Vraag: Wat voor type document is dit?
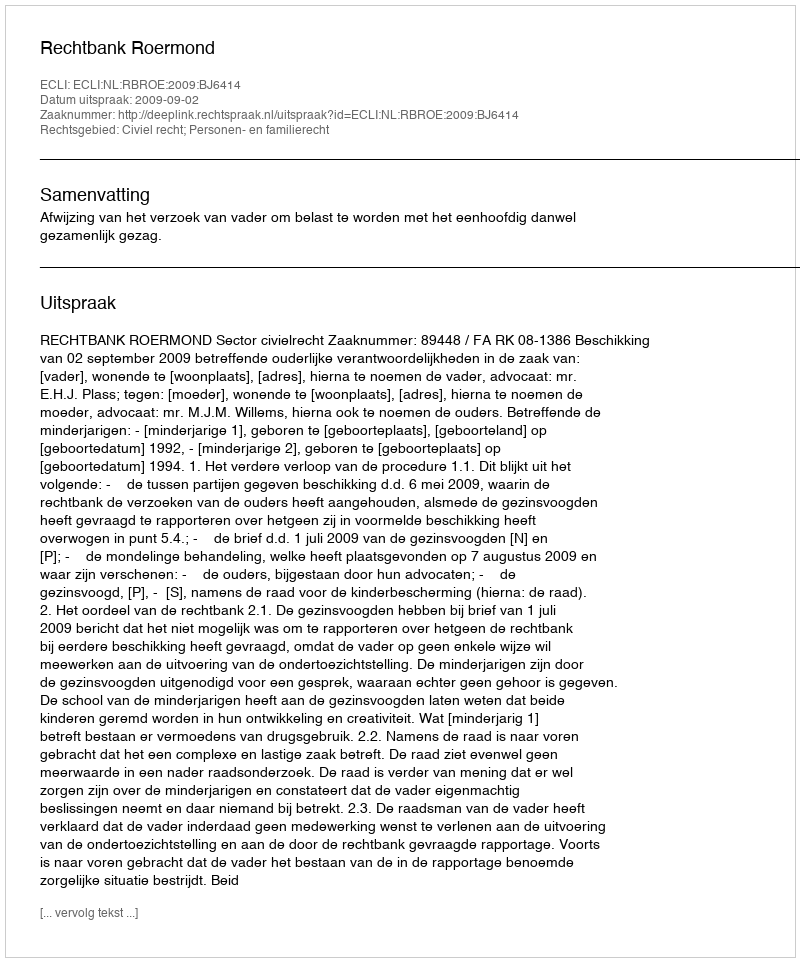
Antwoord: Uitspraak